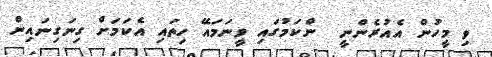
ވި މީހުން އެއުރެންނީ  ންކަމުގައި ވީނަމައޭ ހިތައި އެކަމަށް ގިނަގިނައިން